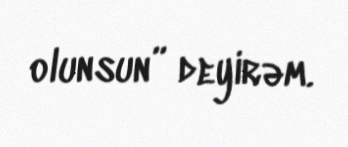
olunsun” deyirəm.